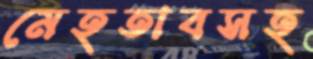
মেহতাবসহ